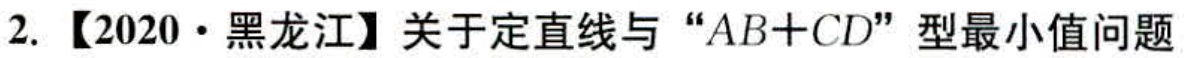
2. 【2020·黑龙江】关于定直线与 “\(AB + CD\)” 型最小值问题